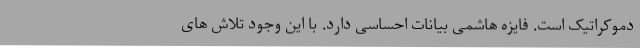
دموکراتیک است. فایزه هاشمی بیانات احساسی دارد. با این وجود تلاش های